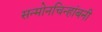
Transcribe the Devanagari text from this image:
सन्माेनचिन्हांबनी